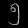
Digit: ၅